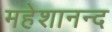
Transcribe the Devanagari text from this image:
महेशानन्द